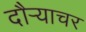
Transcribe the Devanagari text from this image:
दौर्‍याचर